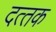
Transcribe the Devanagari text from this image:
दत्‍तक